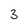
Character: 3